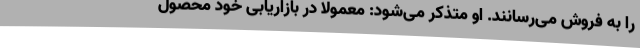
را به فروش می‌رسانند. او متذکر می‌شود: معمولا در بازاریابی خود محصول